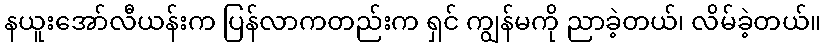
နယူးအော်လီယန်းက ပြန်လာကတည်းက ရှင် ကျွန်မကို ညာခဲ့တယ်၊ လိမ်ခဲ့တယ်။